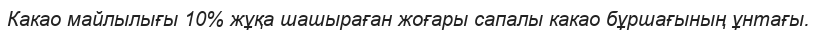
Какао майлылығы 10% жұқа шашыраған жоғары сапалы какао бұршағының ұнтағы.